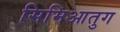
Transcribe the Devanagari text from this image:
सिमिआतुग